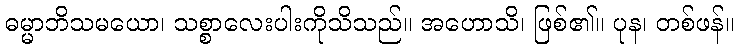
ဓမ္မာဘိသမယော၊ သစ္စာလေးပါးကိုသိသည်။ အဟောသိ၊ ဖြစ်၏။ ပုန၊ တစ်ဖန်။